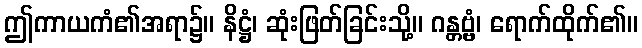
ဤကာယကံ၏အရာ၌။ နိဋ္ဌံ၊ ဆုံးဖြတ်ခြင်းသို့။ ဂန္တဗ္ဗံ၊ ရောက်ထိုက်၏။